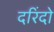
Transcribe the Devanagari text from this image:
दरिंदो